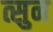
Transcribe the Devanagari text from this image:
त्सुन